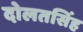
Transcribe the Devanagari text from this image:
दोलतसिंह